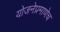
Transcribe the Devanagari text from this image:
योजनेप्रमाणेच